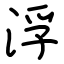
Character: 浮